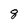
Character: 8